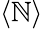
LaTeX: \langle\mathbb{N}\rangle